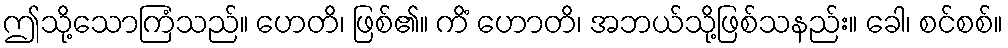
ဤသို့သောကြံသည်။ ဟေတိ၊ ဖြစ်၏။ ကိံ ဟောတိ၊ အဘယ်သို့ဖြစ်သနည်း။ ခေါ၊ စင်စစ်။